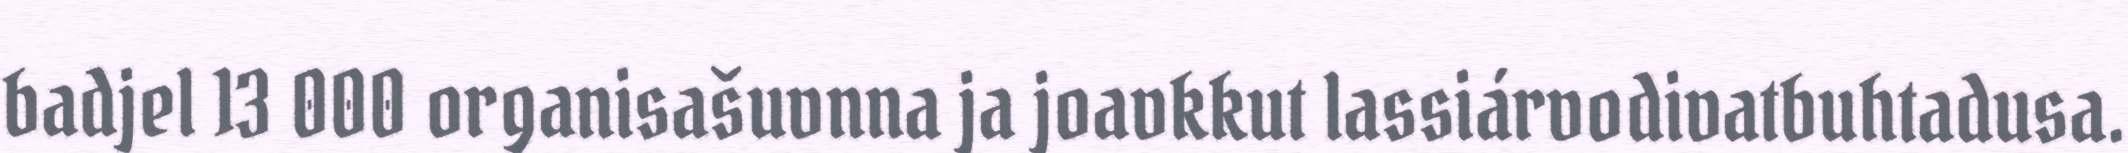
badjel 13 000 organisašuvnna ja joavkkut lassiárvodivatbuhtadusa.